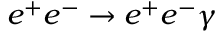
e ^ { + } e ^ { - } \rightarrow e ^ { + } e ^ { - } \gamma